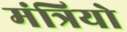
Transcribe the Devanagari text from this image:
मंत्रियो